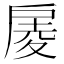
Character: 𢩑